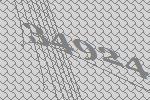
34924